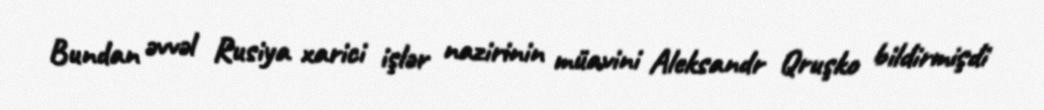
Bundan əvvəl Rusiya xarici işlər nazirinin müavini Aleksandr Qruşko bildirmişdi